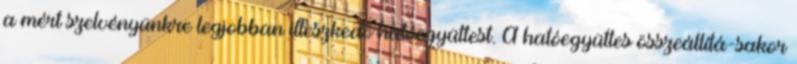
a mért szelvényünkre legjobban illeszkedő hatóegyüttest. A hatóegyüttes összeállítá-sakor